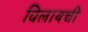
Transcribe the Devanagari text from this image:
विलायची